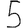
Digit: 5